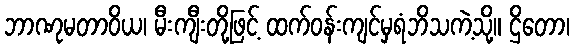
ဘာဏုမတာဝိယ၊ မီးကျီးတို့ဖြင့် ထက်ဝန်းကျင်မှရံဘိသကဲ့သို့။ ဌိတော၊